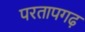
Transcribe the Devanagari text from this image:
परतापगढ़